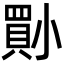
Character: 𡮨